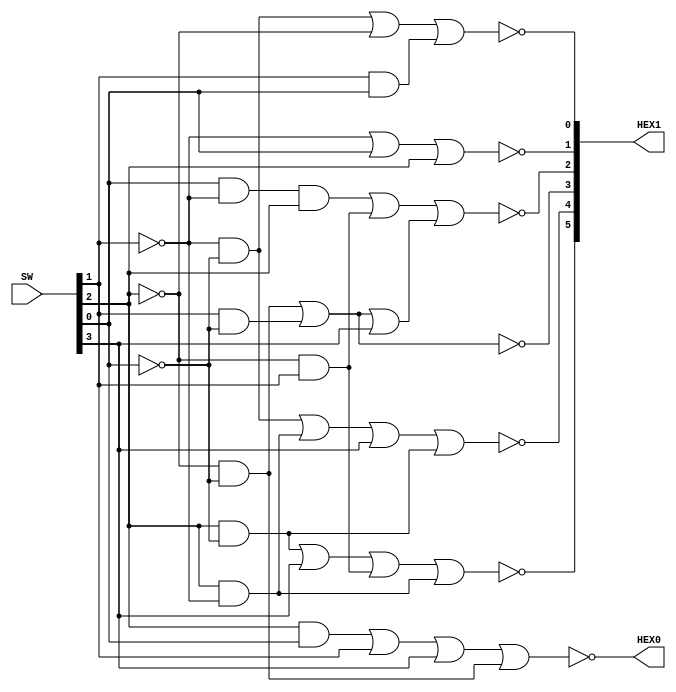
module SevenSegmentDecoderLab(
	SW,
	HEX0,
	HEX1
);


input wire	[3:0] SW;
output wire	[0:0] HEX0;
output wire	[6:1] HEX1;

wire	SYNTHESIZED_WIRE_37;
wire	SYNTHESIZED_WIRE_38;
wire	SYNTHESIZED_WIRE_39;
wire	SYNTHESIZED_WIRE_40;
wire	SYNTHESIZED_WIRE_41;
wire	SYNTHESIZED_WIRE_42;
wire	SYNTHESIZED_WIRE_43;
wire	SYNTHESIZED_WIRE_11;
wire	SYNTHESIZED_WIRE_13;
wire	SYNTHESIZED_WIRE_44;
wire	SYNTHESIZED_WIRE_16;
wire	SYNTHESIZED_WIRE_18;
wire	SYNTHESIZED_WIRE_19;
wire	SYNTHESIZED_WIRE_21;
wire	SYNTHESIZED_WIRE_22;
wire	SYNTHESIZED_WIRE_23;
wire	SYNTHESIZED_WIRE_24;
wire	SYNTHESIZED_WIRE_25;
wire	SYNTHESIZED_WIRE_26;
wire	SYNTHESIZED_WIRE_27;
wire	SYNTHESIZED_WIRE_30;
wire	SYNTHESIZED_WIRE_36;




assign	SYNTHESIZED_WIRE_38 =  ~SW[0];

assign	SYNTHESIZED_WIRE_37 =  ~SW[1];

assign	SYNTHESIZED_WIRE_22 = SYNTHESIZED_WIRE_37 | SW[0] | SW[2];

assign	SYNTHESIZED_WIRE_40 = SW[1] & SYNTHESIZED_WIRE_38;

assign	SYNTHESIZED_WIRE_19 = SYNTHESIZED_WIRE_39 | SYNTHESIZED_WIRE_40 | SW[3];

assign	SYNTHESIZED_WIRE_44 = SYNTHESIZED_WIRE_41 & SW[1];

assign	SYNTHESIZED_WIRE_11 = SW[2] & SYNTHESIZED_WIRE_38;

assign	SYNTHESIZED_WIRE_16 = SW[0] & SYNTHESIZED_WIRE_37 & SW[2];

assign	SYNTHESIZED_WIRE_24 = SYNTHESIZED_WIRE_40 | SYNTHESIZED_WIRE_39;

assign	SYNTHESIZED_WIRE_25 = SYNTHESIZED_WIRE_42 | SYNTHESIZED_WIRE_43 | SW[3] | SYNTHESIZED_WIRE_11;

assign	SYNTHESIZED_WIRE_43 = SW[2] & SYNTHESIZED_WIRE_37;

assign	SYNTHESIZED_WIRE_26 = SYNTHESIZED_WIRE_13 | SW[3] | SYNTHESIZED_WIRE_44 | SYNTHESIZED_WIRE_43;

assign	SYNTHESIZED_WIRE_41 =  ~SW[2];

assign	SYNTHESIZED_WIRE_18 = SYNTHESIZED_WIRE_16 | SYNTHESIZED_WIRE_44;

assign	SYNTHESIZED_WIRE_23 = SYNTHESIZED_WIRE_18 | SYNTHESIZED_WIRE_19;

assign	SYNTHESIZED_WIRE_13 = SW[2] & SYNTHESIZED_WIRE_38;

assign	HEX1[1] =  ~SYNTHESIZED_WIRE_21;

assign	HEX1[2] =  ~SYNTHESIZED_WIRE_22;

assign	HEX1[3] =  ~SYNTHESIZED_WIRE_23;

assign	HEX1[4] =  ~SYNTHESIZED_WIRE_24;

assign	HEX1[5] =  ~SYNTHESIZED_WIRE_25;

assign	HEX1[6] =  ~SYNTHESIZED_WIRE_26;

assign	HEX0 =  ~SYNTHESIZED_WIRE_27;

assign	SYNTHESIZED_WIRE_30 = SW[2] & SW[0];

assign	SYNTHESIZED_WIRE_39 = SYNTHESIZED_WIRE_41 & SYNTHESIZED_WIRE_38;

assign	SYNTHESIZED_WIRE_27 = SYNTHESIZED_WIRE_30 | SW[1] | SW[3] | SYNTHESIZED_WIRE_39;

assign	SYNTHESIZED_WIRE_36 = SW[1] & SW[0];

assign	SYNTHESIZED_WIRE_42 = SYNTHESIZED_WIRE_37 & SYNTHESIZED_WIRE_38;

assign	SYNTHESIZED_WIRE_21 = SYNTHESIZED_WIRE_42 | SYNTHESIZED_WIRE_41 | SYNTHESIZED_WIRE_36;


endmodule